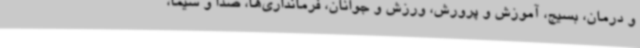
و درمان، بسیج، آموزش و پرورش، ورزش و جوانان، فرمانداری‌ها، صدا و سیما،